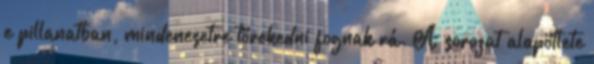
e pillanatban, mindenesetre törekedni fognak rá. A sorozat alapötlete